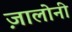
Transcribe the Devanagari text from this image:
ज़ालोनी